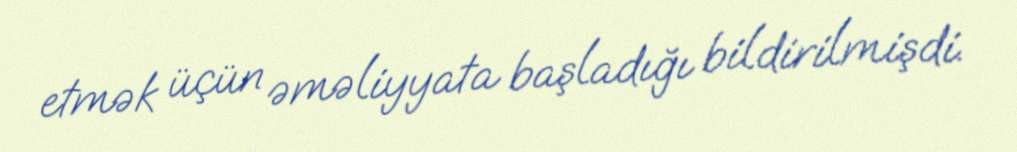
etmək üçün əməliyyata başladığı bildirilmişdi.